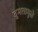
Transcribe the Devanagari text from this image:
दुमतामुळे